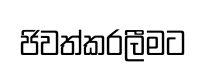
ජිවත්කරලීමට